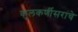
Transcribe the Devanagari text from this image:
कुलकर्णीसरांचे